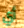
أي